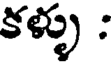
కళ్ళు :